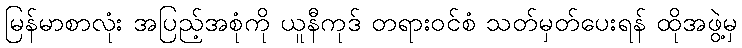
မြန်မာစာလုံး အပြည့်အစုံကို ယူနီကုဒ် တရားဝင်စံ သတ်မှတ်ပေးရန် ထိုအဖွဲ့မှ